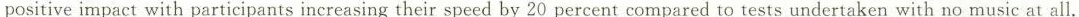
positive impact with participants increasing their speed by 20 percent compared to tests undertaken with no music at all.